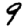
Digit: 9